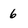
Character: 6